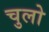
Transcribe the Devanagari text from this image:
चुलो